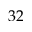
3 2